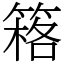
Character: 䈷